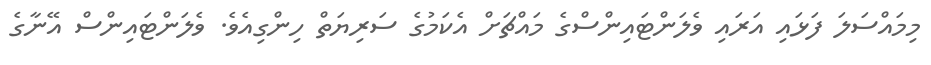
މިމައްސަލަ ފަޅައި އަރައި ވެލަންޓައިންސްގެ މައްޗަށް އެކަމުގެ ސަރިޔަތް ހިންގިއެވެ. ވެލަންޓައިންސް އޭނާގެ